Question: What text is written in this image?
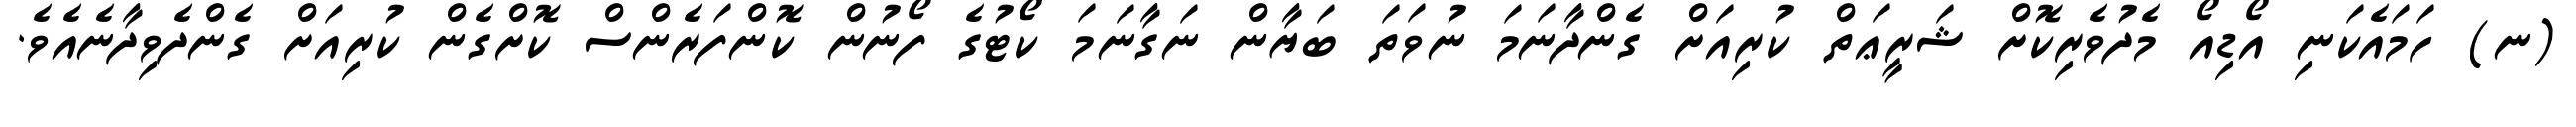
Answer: (ނ) ހަމައެކަނި އޯޑިއޯ މެދުވެރިކޮށް ޝަރީޢަތް ކުރިއަށް ގެންދާނަމަ ނުވަތަ ބަޔާން ނަގާނަމަ ކޯޓުގެ ފޯނުން ކޮންފަރެންސް ކޮށްގެން ކުރިއަށް ގެންދެވިދާނެއެވެ.